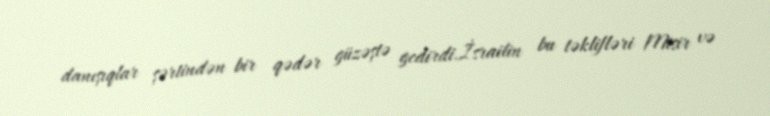
danışıqlar şərtindən bir qədər güzəştə gedirdi.İsrailin bu təklifləri Misir və